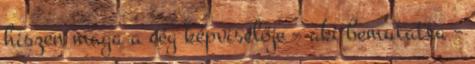
hiszen maga a cég képviselője – aki bemutatta –